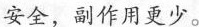
安全，副作用更少。